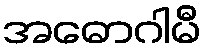
အဓောဂါမီ